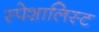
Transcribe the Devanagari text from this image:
स्पेशालिस्ट